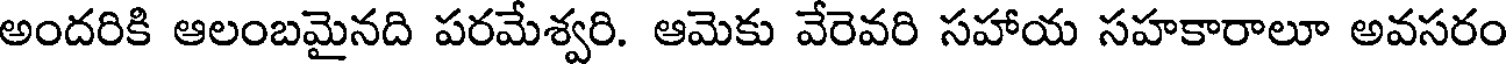
అందరికి ఆలంబమైనది పరమేశ్వరి. ఆమెకు వేరెవరి సహాయ సహకారాలూ అవసరం